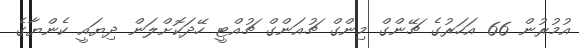
އުމުރުން 66 އަހަރުގެ ޗޭންގް މިންގް ޗުއަންގް ޗުއްޓީ ހޭދަކޮށްލަން ދިޔައީ ކެންޔާގެ